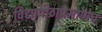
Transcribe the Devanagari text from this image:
विद्यापीठाप्रमाणेच